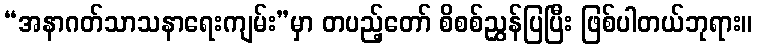
“အနာဂတ်သာသနာရေးကျမ်း”မှာ တပည့်တော် စိစစ်ညွှန်ပြပြီး ဖြစ်ပါတယ်ဘုရား။